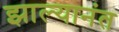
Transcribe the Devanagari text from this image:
झाल्यानंत